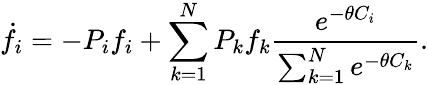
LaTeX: \dot{f}_{i}=-P_{i}f_{i}+\sum_{k=1}^{N}P_{k}f_{k}\frac{e^{-\theta C_{i}}}{\sum_{k=1}^{N}e^{-\theta C_{k}}}.